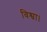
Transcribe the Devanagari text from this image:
विश्वा।